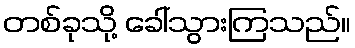
တစ်ခုသို့ ခေါ်သွားကြသည်။